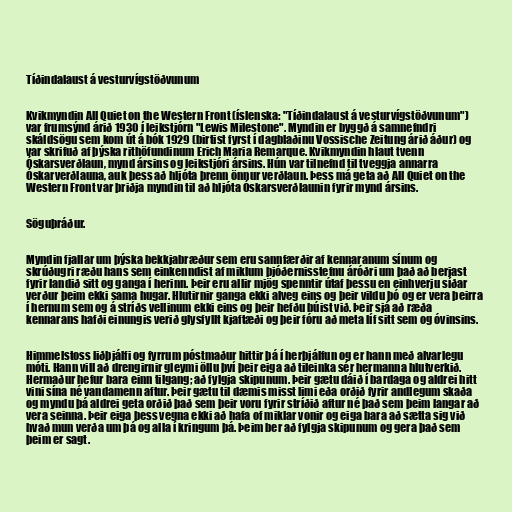
Tíðindalaust á vesturvígstöðvunum

Kvikmyndin All Quiet on the Western Front (íslenska: "Tíðindalaust á vesturvígstöðvunum")
var frumsýnd árið 1930 í leikstjórn "Lewis Milestone". Myndin er byggð á samnefndri
skáldsögu sem kom út á bók 1929 (birtist fyrst í dagblaðinu Vossische Zeitung árið áður) og
var skrifuð af þýska rithöfundinum Erich Maria Remarque. Kvikmyndin hlaut tvenn
Óskarsverðlaun, mynd ársins og leikstjóri ársins. Hún var tilnefnd til tveggja annarra
Óskarverðlauna, auk þess að hljóta þrenn önnur verðlaun. Þess má geta að All Quiet on the
Western Front var þriðja myndin til að hljóta Óskarsverðlaunin fyrir mynd ársins.

Söguþráður.

Myndin fjallar um þýska bekkjabræður sem eru sannfærðir af kennaranum sínum og
skrúðugri ræðu hans sem einkenndist af miklum þjóðernisstefnu áróðri um það að berjast
fyrir landið sitt og ganga í herinn. Þeir eru allir mjög spenntir útaf þessu en einhverju síðar
verður þeim ekki sama hugar. Hlutirnir ganga ekki alveg eins og þeir vildu þó og er vera þeirra
í hernum sem og á stríðs vellinum ekki eins og þeir hefðu búist við. Þeir sjá að ræða
kennarans hafði einungis verið glysfyllt kjaftæði og þeir fóru að meta líf sitt sem og óvinsins.

Himmelstoss liðþjálfi og fyrrum póstmaður hittir þá í herþjálfun og er hann með alvarlegu
móti. Hann vill að drengirnir gleymi öllu því þeir eiga að tileinka sér hermanna hlutverkið.
Hermaður hefur bara einn tilgang; að fylgja skipunum. Þeir gætu dáið í bardaga og aldrei hitt
vini sína né vandamenn aftur. Þeir gætu til dæmis misst limi eða orðið fyrir andlegum skaða
og myndu þá aldrei geta orðið það sem þeir voru fyrir stríðið aftur né það sem þeim langar að
vera seinna. Þeir eiga þess vegna ekki að hafa of miklar vonir og eiga bara að sætta sig við
hvað mun verða um þá og alla í kringum þá. Þeim ber að fylgja skipunum og gera það sem
þeim er sagt.